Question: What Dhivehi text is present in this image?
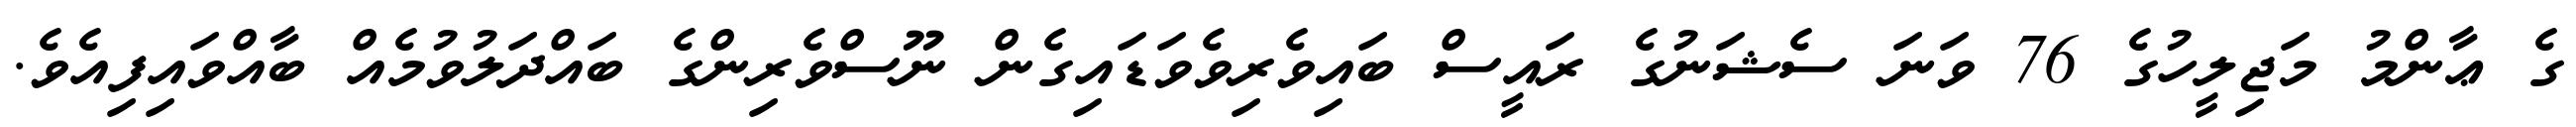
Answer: ގެ ޢާންމު މަޖިލީހުގެ 76 ވަނަ ސެޝަނުގެ ރައީސް ބައިވެރިވެވަޑައިގެން ނޫސްވެރިންގެ ބައްދަލުވުމެއް ބާއްވައިފިއެވެ.